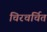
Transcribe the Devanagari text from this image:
चिरचर्चित